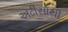
અઢીસોથી